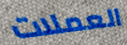
العملات